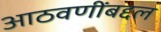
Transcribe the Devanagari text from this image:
आठवणींबद्दल